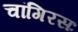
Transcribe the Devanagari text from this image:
चांगिरसः